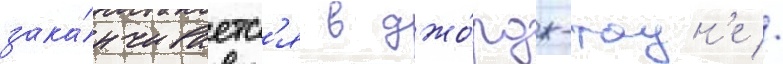
зака́нчиваетс'я в джо́рдж-таун'е //